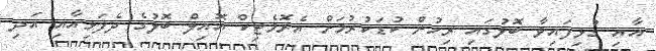
އާއި ގުޅިފައިވާ ބޮލުގައި ރިހުން ކުޑަކުރުމަށް އެރޮމެޓިކް އޮއިލް ބޮލުގެ ދެފަޅިއާއި އަދި